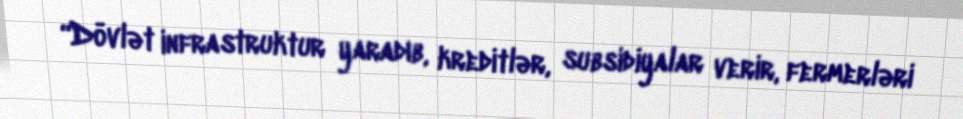
“Dövlət infrastruktur yaradıb, kreditlər, subsidiyalar verir, fermerləri